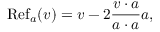
\operatorname { R e f } _ { a } ( v ) = v - 2 { \frac { v \cdot a } { a \cdot a } } a ,